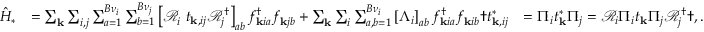
\begin{array} { r l r } { \hat { H } _ { * } } & { = \sum _ { \mathbf { k } } \sum _ { i , j } \sum _ { a = 1 } ^ { B \nu _ { i } } \sum _ { b = 1 } ^ { B \nu _ { j } } \left[ \mathcal { R } _ { i } ^ { \phantom { \dagger } } t _ { \mathbf { k } , i j } \mathcal { R } _ { j } ^ { \dagger } \right] _ { a b } f _ { \mathbf { k } i a } ^ { \dagger } f _ { \mathbf { k } j b } ^ { \phantom { \dagger } } + \sum _ { \mathbf { k } } \sum _ { i } \sum _ { a , b = 1 } ^ { B { \nu } _ { i } } \left[ \Lambda _ { i } \right] _ { a b } f _ { \mathbf { k } i a } ^ { \dagger } f _ { \mathbf { k } i b } ^ { \phantom { \dagger } } \dag t _ { \mathbf { k } , i j } ^ { * } } & { = \Pi _ { i } t _ { \mathbf { k } } ^ { * } \Pi _ { j } = \mathcal { R } _ { i } \Pi _ { i } t _ { \mathbf { k } } \Pi _ { j } \mathcal { R } _ { j } ^ { \dagger } \dag , . } \end{array}